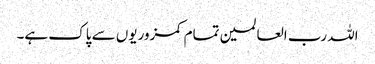
اللہ رب العالمین تمام کمزوریوں سے پاک ہے۔